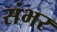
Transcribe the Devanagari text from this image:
संभर